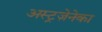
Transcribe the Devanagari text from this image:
अस्ट्रज़ेनेका